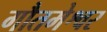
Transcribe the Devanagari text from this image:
गौतमेश्वर